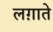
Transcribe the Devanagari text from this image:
लग़ाते